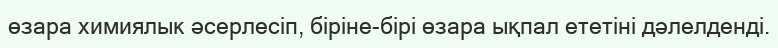
өзара химиялык әсерлесіп, біріне-бірі өзара ықпал ететіні дәлелденді.